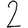
Digit: 2